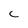
Character: C